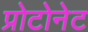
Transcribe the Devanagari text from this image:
प्रोटोनेट